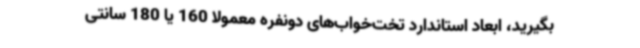
بگیرید، ابعاد استاندارد تخت‌خواب‌های دونفره معمولا 160 یا 180 سانتی